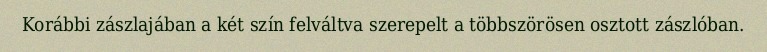
Korábbi zászlajában a két szín felváltva szerepelt a többszörösen osztott zászlóban.